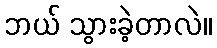
ဘယ် သွားခဲ့တာလဲ။